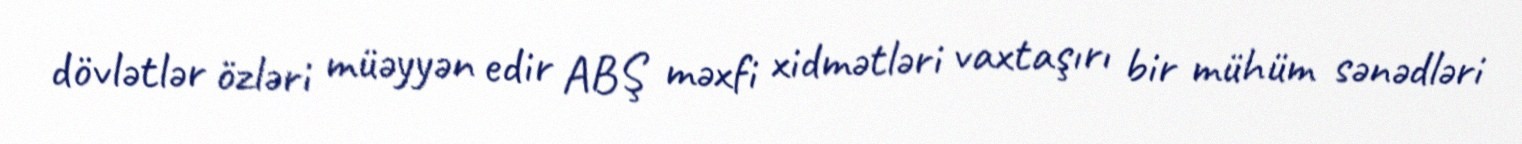
dövlətlər özləri müəyyən edir ABŞ məxfi xidmətləri vaxtaşırı bir mühüm sənədləri